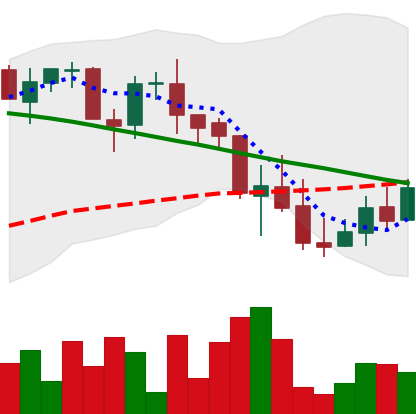
Ticker: LINK-USD
Chart end date: 2018-09-13
Forward return: 7.152%
Label: up_7plus